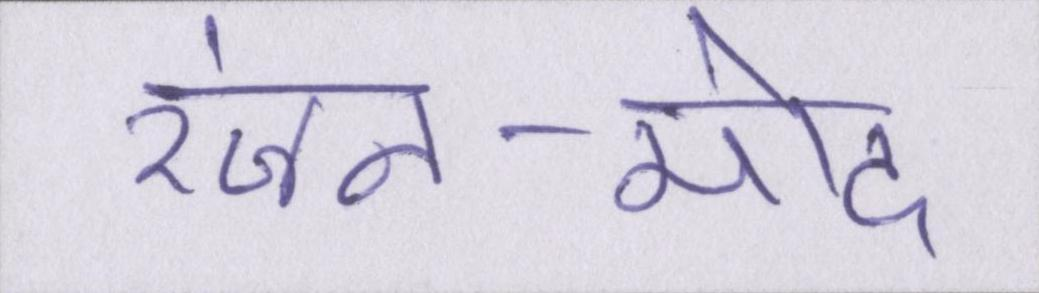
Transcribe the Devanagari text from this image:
रंजन-मोद